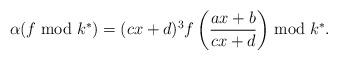
LaTeX: \begin{align*}\alpha(f \bmod k^*) = (cx+d)^3 f\left(\frac{ax+b}{cx+d}\right) \bmod k^*.\end{align*}